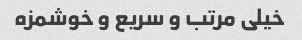
خیلی مرتب و سریع و خوشمزه